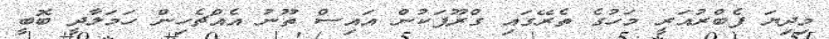
މިދިޔަ ފެބްރުއަރީ މަހުގެ ތެރޭގައި ގްރޫޕަކުން އައިސް ތޫނު އެއްޗެހިން ހަމަލާދީ ބޮބީ